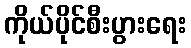
ကိုယ်ပိုင်စီးပွားရေး